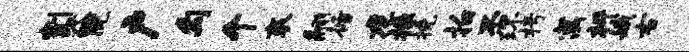
割器院户勾个衮翮循龙掾挽拍丕环枵寓枰娥右